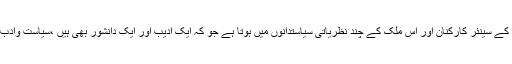
سینیٹر تاج حیدر کا شمار پاکستان کے سینئر کارکنان اور اس ملک کے چند نظریاتی سیاستدانوں میں ہوتا ہے جو کہ ایک ادیب اور ایک دانشور بھی ہیں ،سیاست وادب کی یہ آمیزش بہت ہی منفرد ہے۔